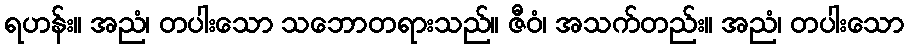
ရဟန်း။ အညံ၊ တပါးသော သဘောတရားသည်။ ဇီဝံ၊ အသက်တည်း။ အညံ၊ တပါးသော